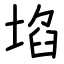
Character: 埳